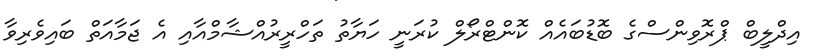
އިދްލީބް ޕްރޮވިންސްގެ ބޮޑުބައެއް ކޮންޓްރޯލް ކުރަނީ ހަޔާތު ތަހްރީރުއްޝާމްއާއި އެ ޖަމާއަތް ބައިވެރިވާ